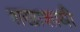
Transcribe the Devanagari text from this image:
शखाशायी